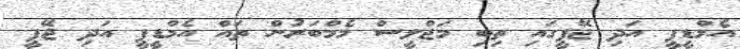
އެމްޑީޕީ އަދި ޖޭޕީގައި ތިބި މަޖްލީސް މެމްބަރުން ތައް އެމްޑީޕީ އަދި ޖޭޕީ